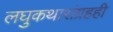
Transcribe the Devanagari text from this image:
लघुकथासंग्रहही